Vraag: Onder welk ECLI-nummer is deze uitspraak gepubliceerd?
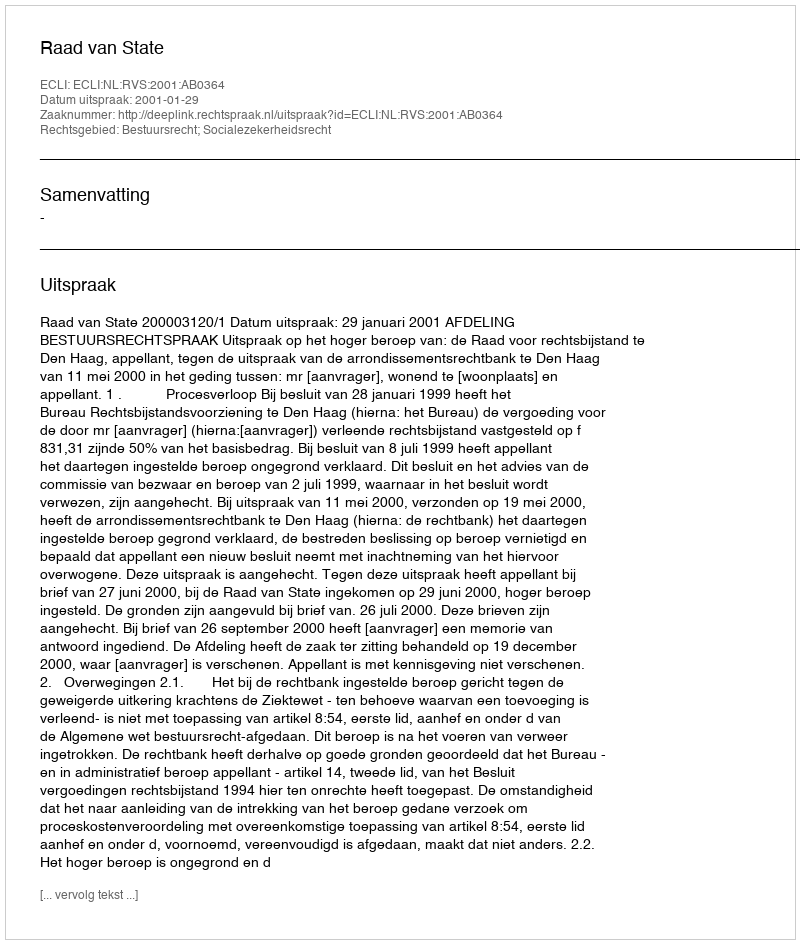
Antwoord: ECLI:NL:RVS:2001:AB0364